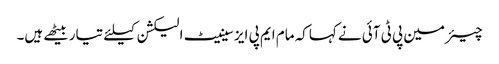
چیئرمین پی ٹی آئی نے کہاکہ مام ایم پی ایز سینیٹ الیکشن کیلئے تیاربیٹھے ہیں۔